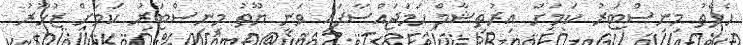
ހެލްތު މިނިސްޓަރު ކަމަށް އިރުތިޝާމް ހަމަޖައްސާފައި ވަނީ ޔޫތު މިނިސްޓަރު ކަމަށް ޒުހޫރު